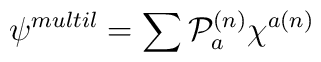
\psi^{multil}=\sum {\cal{P}}_a^{(n)}\chi^{a(n)}